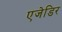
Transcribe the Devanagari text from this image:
एजेडिर